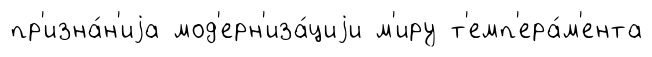
пр'изна́н'иjа мод'ерн'иза́циjи м'иру т'емп'ера́м'ента